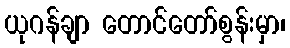
ယုဂန်ချာ တောင်တော်စွန်းမှာ၊